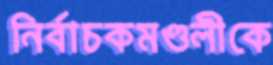
নির্বাচকমণ্ডলীকে